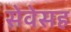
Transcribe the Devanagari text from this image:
सेवेसह